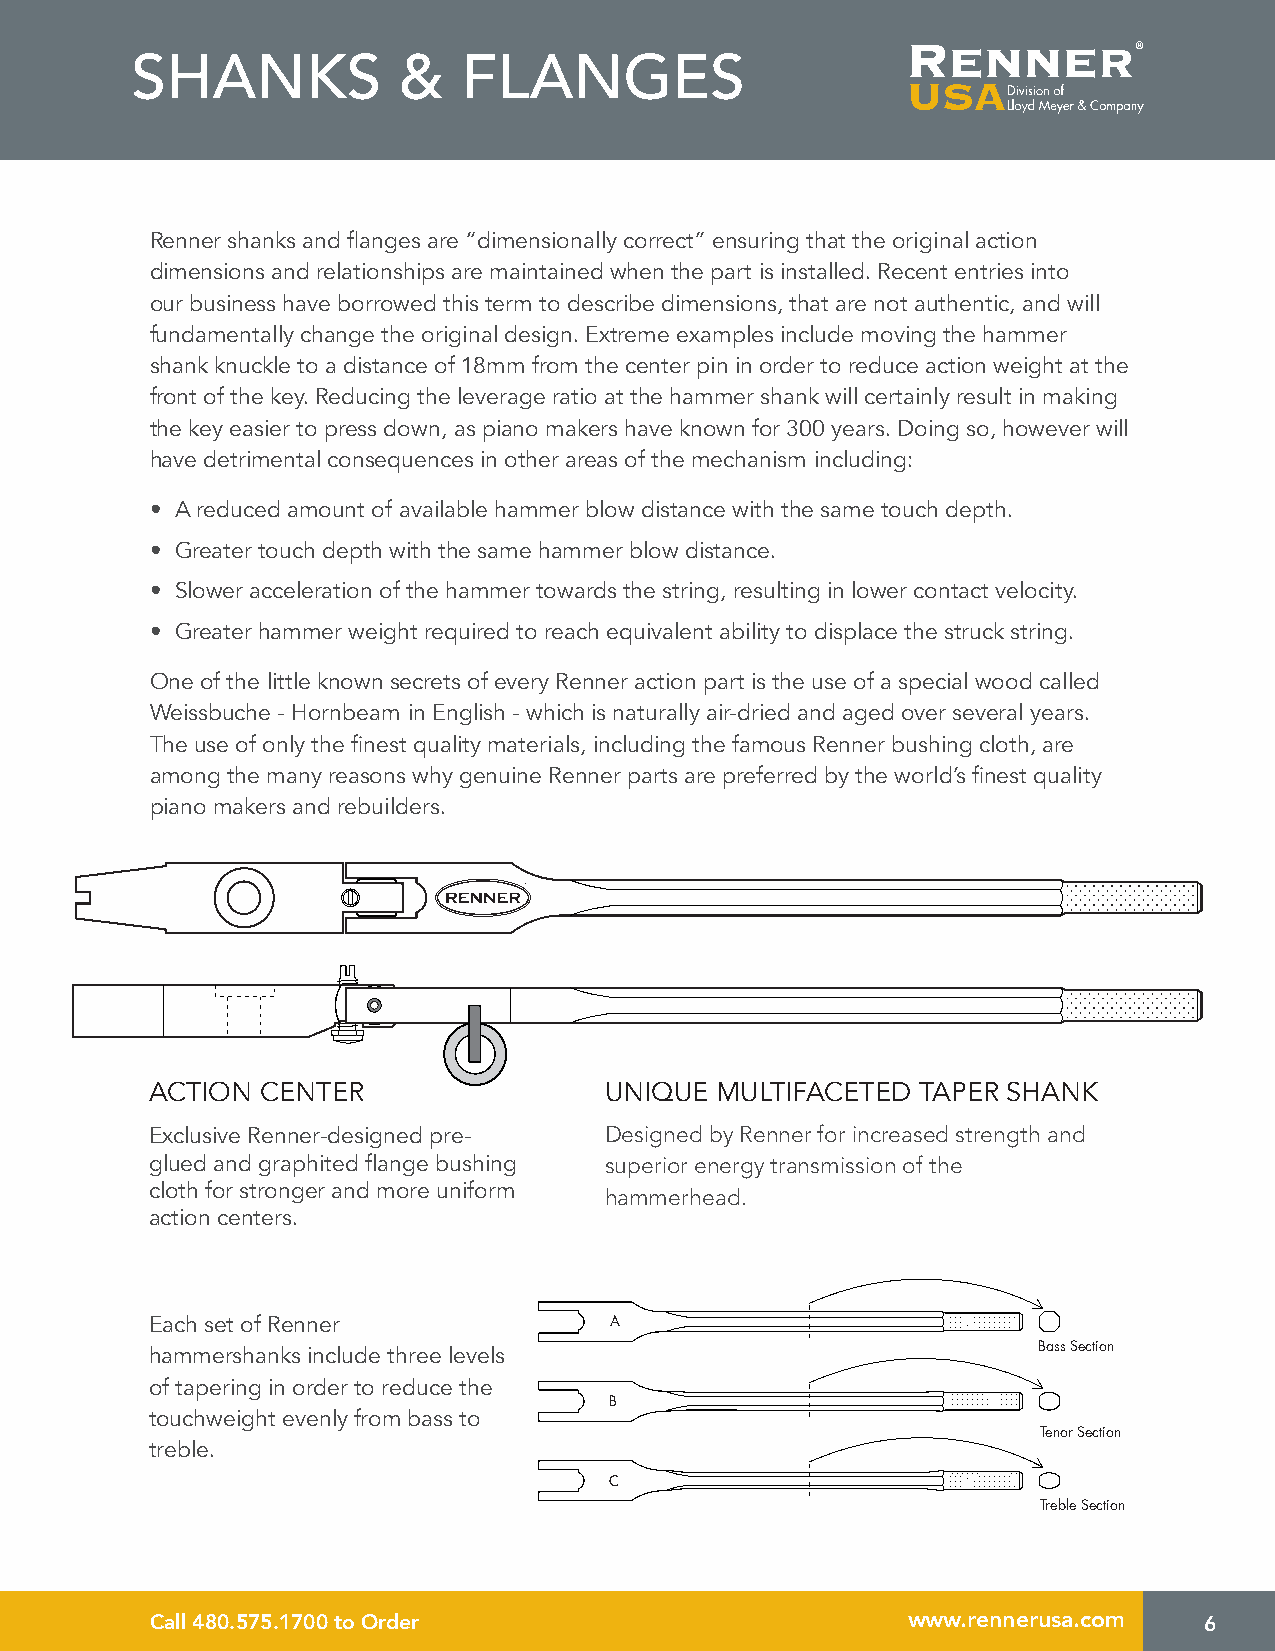
SHANKS           &    FLANGES
 Renner shanks and flanges are “dimensionally correct” ensuring that the original action
 dimensions and relationships are maintained when the part is installed. Recent entries into
 our business have borrowed this term to describe dimensions, that are not authentic, and will
 fundamentally change the original design. Extreme examples include moving the hammer
 shank knuckle to a distance of 18mm from the center pin in order to reduce action weight at the
 front of the key. Reducing the leverage ratio at the hammer shank will certainly result in making
 the key easier to press down, as piano makers have known for 300 years. Doing so, however will
 have detrimental consequences in other areas of the mechanism including:
 • A reduced amount of available hammer blow distance with the same touch depth.
 • Greater touch depth with the same hammer blow distance.
 • Slower acceleration of the hammer towards the string, resulting in lower contact velocity.
 • Greater hammer weight required to reach equivalent ability to displace the struck string.
 One of the little known secrets of every Renner action part is the use of a special wood called
 Weissbuche - Hornbeam in English - which is naturally air-dried and aged over several years.
 The use of only the finest quality materials, including the famous Renner bushing cloth, are
 among the many reasons why genuine Renner parts are preferred by the world’s finest quality
 piano makers and rebuilders.
 ACTION CENTER                 UNIQUE MULTIFACETED  TAPER SHANK
 Exclusive Renner-designed pre- Designed by Renner for increased strength and
 glued and graphited flange bushing superior energy transmission of the
 cloth for stronger and more uniform hammerhead.
 action centers.
 Each set of Renner            A
 hammershanks include three levels                          Bass Section
 of tapering in order to reduce the
 B
 touchweight evenly from bass to
 Tenor Section
 treble.
 C
 Treble Section
 Call 480.575.1700 to Order                        www.rennerusa.com   6